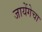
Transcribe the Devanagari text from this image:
जायेंगेचा